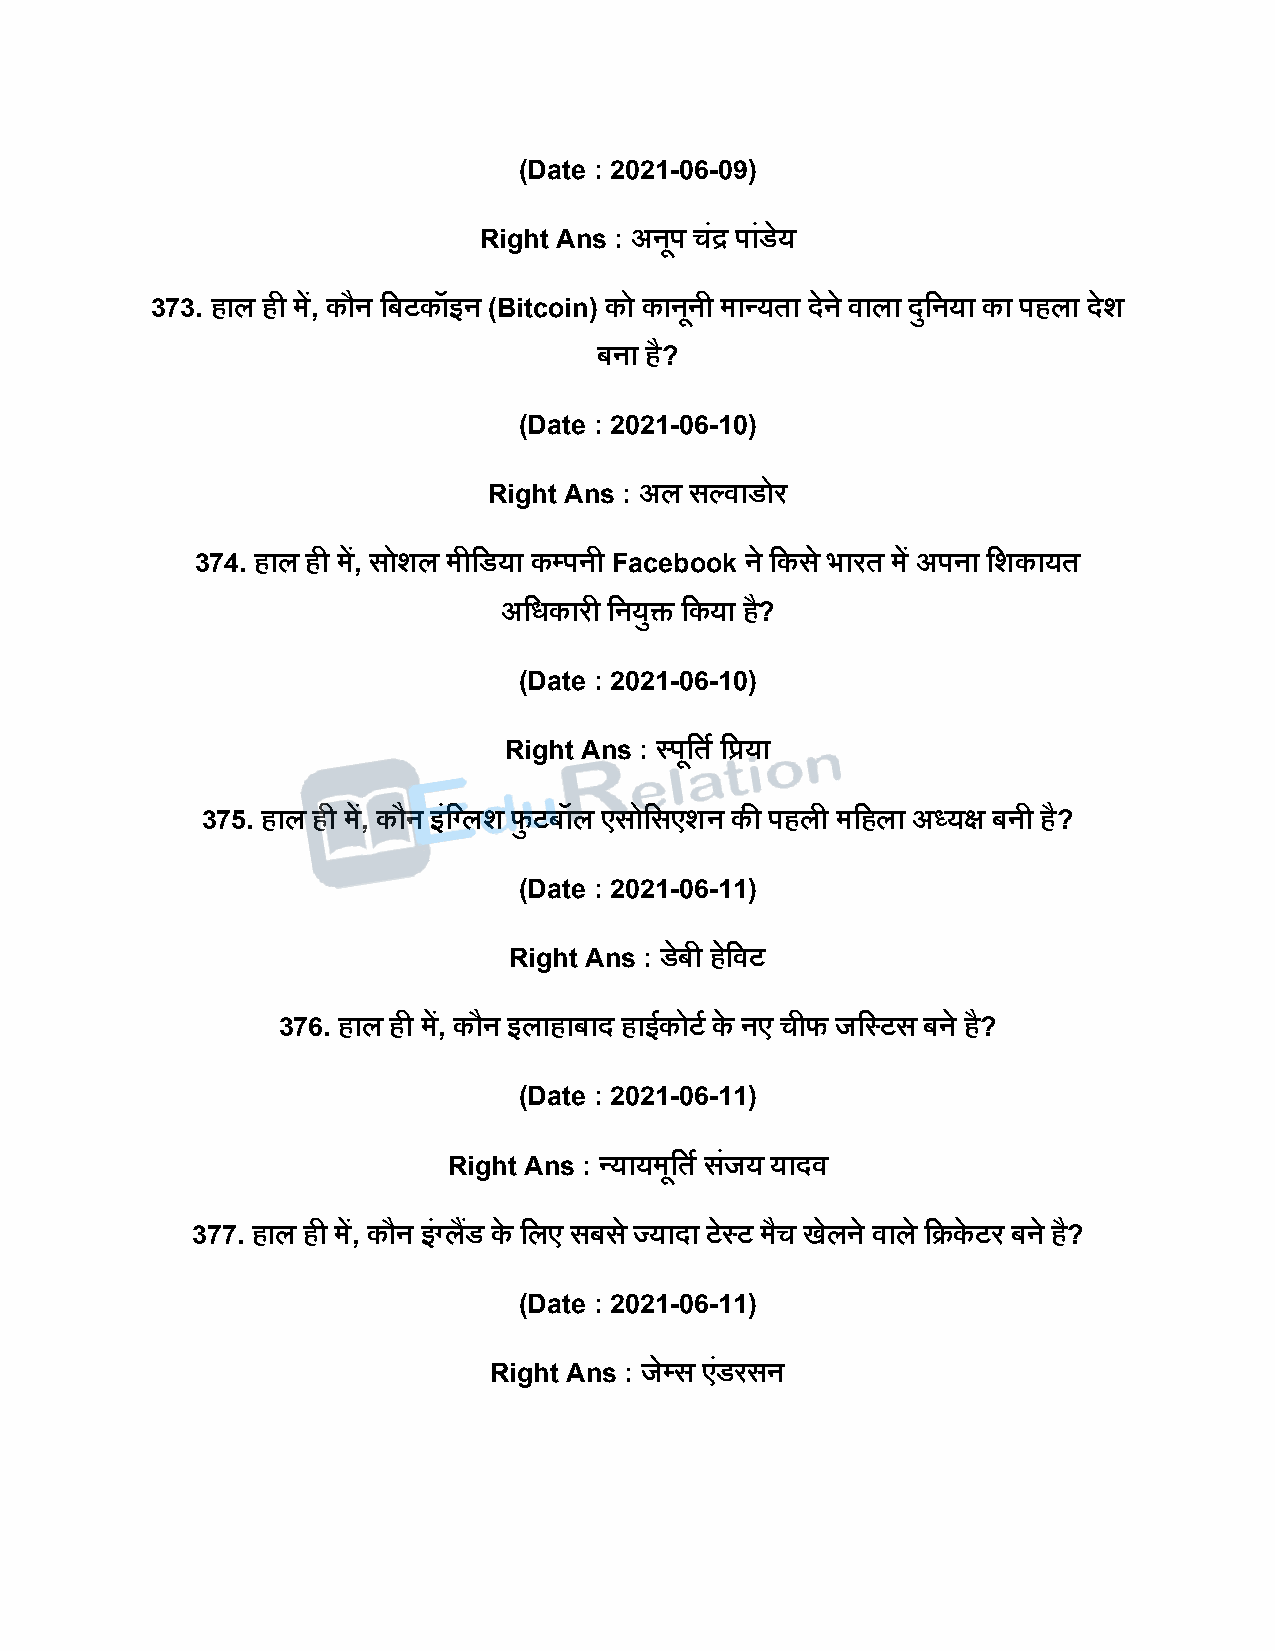
(Date : 2021-06-09)
 Right Ans : अनूि चंद्र िांडेय
 373. हाल ही में, कौन दबटकॉइन (Bitcoin) को कानूनी मान्यता िेने वाला िुदनया का िहला िेश
 बना है?
 (Date : 2021-06-10)
 Right Ans : अल सल्वाडोर
 374. हाल ही में, सोशल मीदडया कपिनी Facebook ने दकस े भारत में अिना दशकायत
 अदधकारी दनयुि दकया है?
 (Date : 2021-06-10)
 Right Ans : स्िूदतष दप्रया
 375. हाल ही में, कौन इंदग्लश फु टबॉल एसोदसएशन की िहली मदहला अध्यक्ष बनी है?
 (Date : 2021-06-11)
 Right Ans : डेबी हदे वट
 376. हाल ही में, कौन इलाहाबाि हाईकोटष के नए चीफ जदस्टस बने है?
 (Date : 2021-06-11)
 Right Ans : न्यायमूदतष सजं य यािव
 377. हाल ही में, कौन इंग्लडैं के दलए सबस े ज्यािा टेस्ट मैच खेलने वाले दक्रके टर बने ह?ै
 (Date : 2021-06-11)
 Right Ans : जेपस एडं रसन